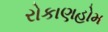
રોકાણહોમ